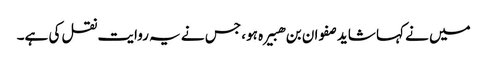
میں نے کہا شاید صفوان بن ھبیرہ ہو، جس نے یہ روایت نقل کی ہے۔